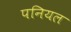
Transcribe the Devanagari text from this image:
पनियल